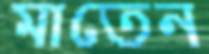
মাতেন